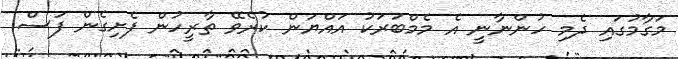
މަގާމުގައި ދެމި ހުންނާނީ އެ މެމްބަރަކު އައްޔަން ކުރެވޭ ތާރީހުން ފެށިގެން ފަސް